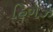
હિગઝ